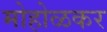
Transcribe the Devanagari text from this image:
मोहोळकर